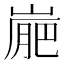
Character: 𡺮